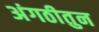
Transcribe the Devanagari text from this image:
अंगठीतुन